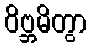
ဝိဗ္ဘမိတွာ